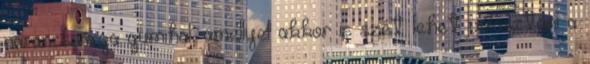
narancssárga gumihal, amellyel akkor is szét lehet választani a